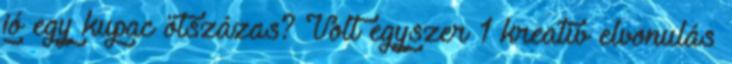
jó egy kupac ötszázas? Volt egyszer 1 kreatív elvonulás